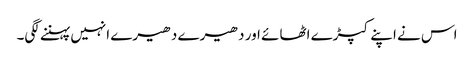
اس نے اپنے کپڑے اٹھائے اور دھیرے دھیرے انہیں پہننے لگی۔